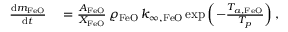
\begin{array} { r l } { \frac { \mathrm { d } m _ { \mathrm { F e O } } } { \mathrm { d } t } } & { { } = \frac { A _ { \mathrm { F e O } } } { X _ { \mathrm { F e O } } } \, \varrho _ { \mathrm { F e O } } \, k _ { \infty , \mathrm { F e O } } \, \mathrm { e x p } \left( - \frac { T _ { a , \mathrm { F e O } } } { T _ { p } } \right) , } \end{array}